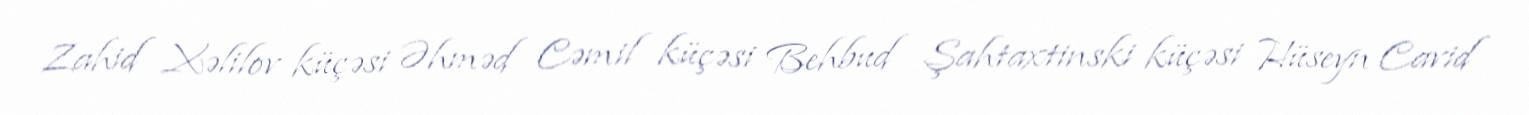
Zahid Xəlilov küçəsi Əhməd Cəmil küçəsi Behbud Şahtaxtinski küçəsi Hüseyn Cavid